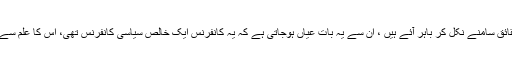
اس کانفرنس کے بارے میں جو حقائق سامنے نکل کر باہر آئے ہیں ، ان سے یہ بات عیاں ہوجاتی ہے کہ یہ کانفرنس ایک خالص سیاسی کانفرنس تھی، اس کا علم سے دور دور تک کوئی تعلق نہیں تھا۔